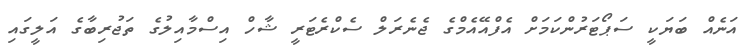
އަނެއް ބަޔަކީ ސަޕޯޓަރުންކަމަށް އެފްއޭއެމްގެ ޖެނެރަލް ސެކްރެޓަރީ ޝާހް އިސްމާއިލުގެ ތަޖުރިބާގެ އަލީގައި